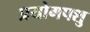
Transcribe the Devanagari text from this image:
प्रयोगपशु